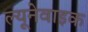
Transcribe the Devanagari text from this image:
ल्यूनेवाइक